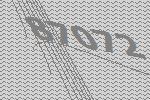
87072